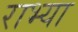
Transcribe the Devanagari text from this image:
राभ्या